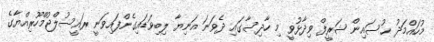
މުހައްމަދު ޙުސައިން ޝަރީފް ވިދާޅުވީ މި ހާދިސާގައި ދެވަނަ އަނިޔާ ލިބިވަޑައިގެންފައިވަނީ ރައީސުލްޖުމްހޫރިއްޔާގެ